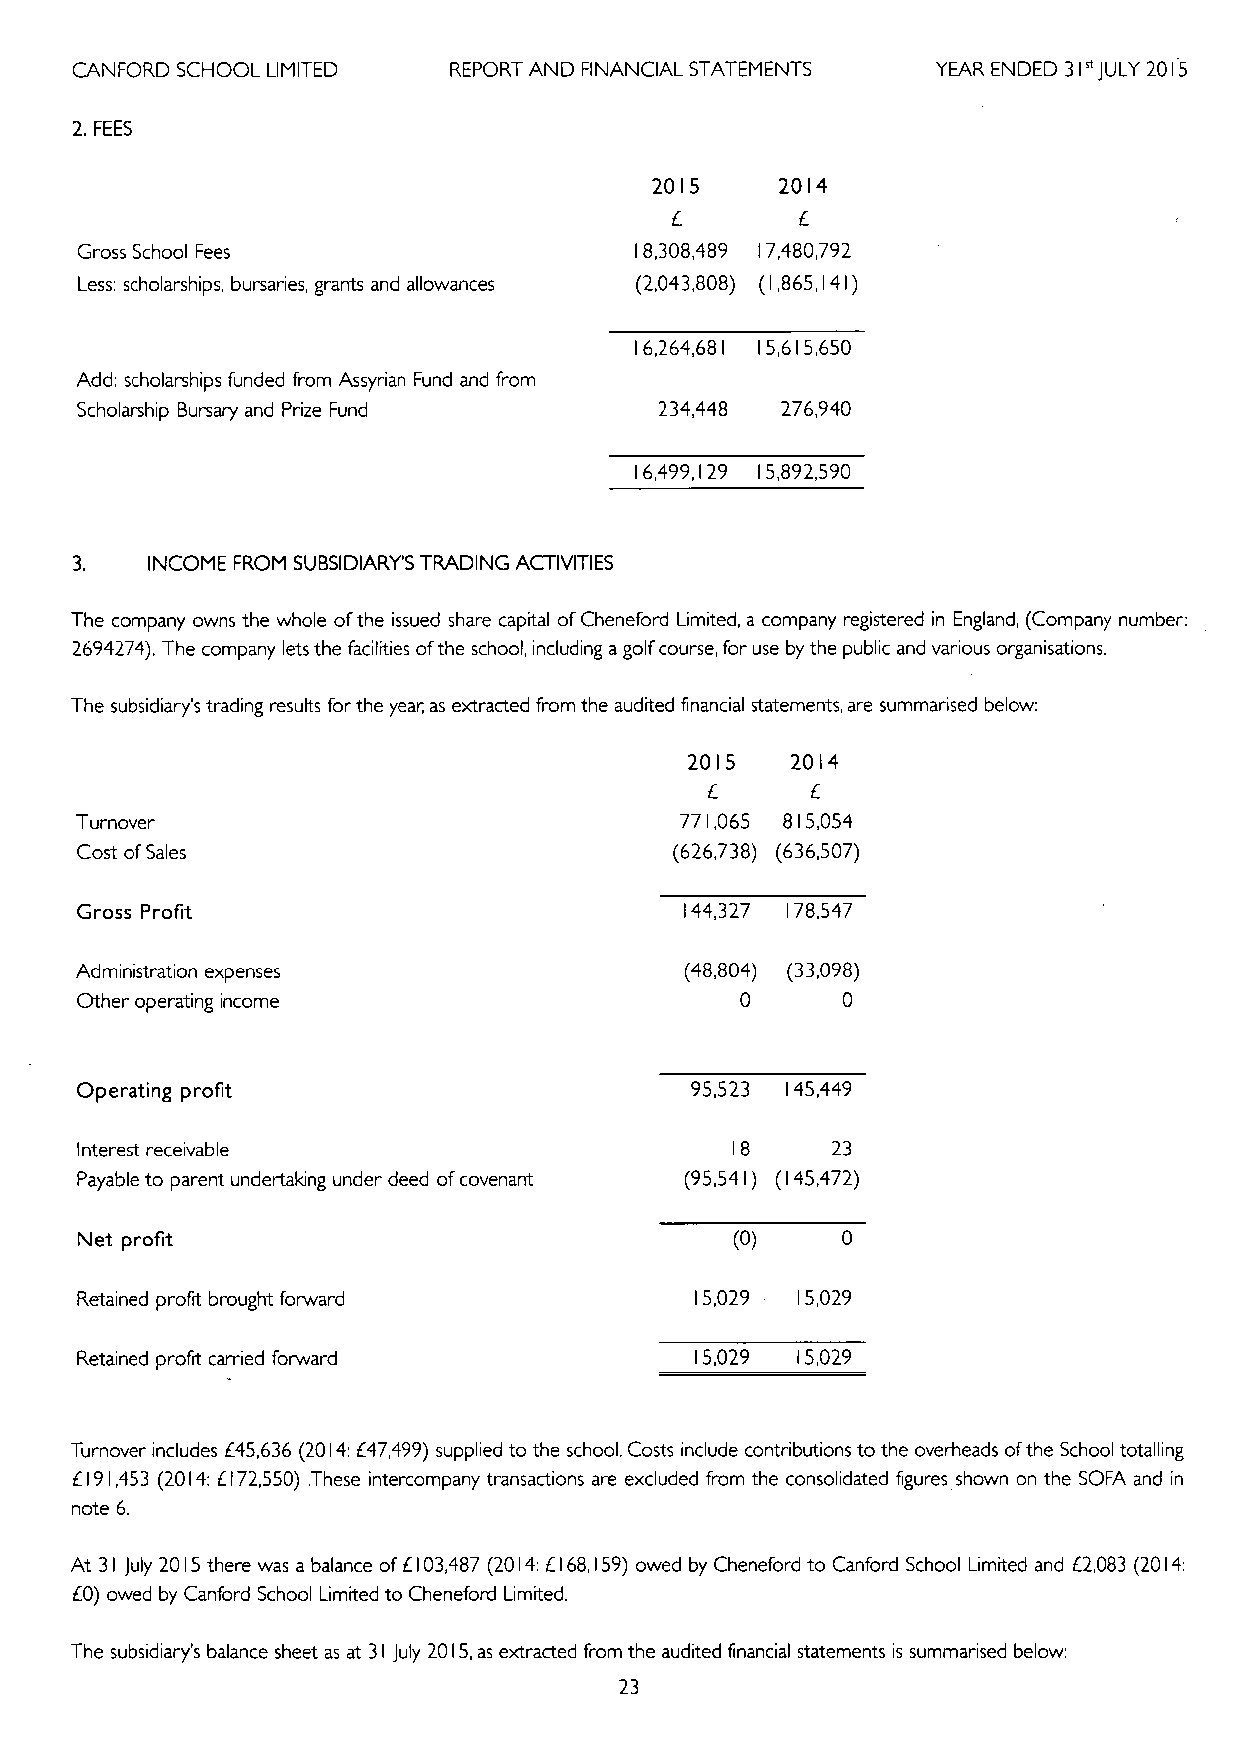
CANFORD SCHOOL LIMITED   REPORT AND FINANCIAL STATEMENTS YEAR ENDED 31" JULY 2015
 2.FEES
 2015     2014
 Gross School Fees                    18,308,489 17,480,792
 Less: scholarships, bursaries, grants and allowances (2,043,808) (1,865,141)
 16,264,681 15,615,650
 Add: scholarships funded from Assyrian Fund and from
 Scholarship Bursary and Prize Fund     234,448 276,940
 16,499,129 15,892,590
 3.   INCOME FROM SUBSIDIARIES TRADING ACTIVITIES
 The company owns the whole ofthe issued share capital ofCheneford Limited, a company registered in England, (Company number:
 2694274). The company lets the facilities ofthe school, including a golf course, for use by the public and various organisations.
 The subsidiary's trading results for the year, as extracted from the audited financial statements, are summarised below:
 2015  2014
 Turnover                                771,065 815,054
 Cost ofSales                            (626,738) (636,507)
 Gross Profit                            144,327 178,547
 Administration expenses                 (48,804) (33,098)
 Other operating income                      0      0
 Operating profit                         95,523 145,449
 Interest receivable                        18     23
 Payable to parent undertaking under deed ofcovenant (95,541) (145,472)
 Net profit                                  (0)
 Retained profit brought forward          15,029 15,029
 Retained profit carried forward          15,029 15,029
 Turnove'r includes 645,636 (2014:H7,499) supplied to the school. Costs include contributions to the overheads ofthe School totalling
 6191,453 (2014:6172,550) .These intercompany transactions are excluded from the consolidated figures shown on the SOFA and in
 note 6.
 At 31 July 2015there was a balance of6103,487 (2014:6168,159)owed by Cheneford to Canford School Limited and 62,083 (2014:
 60) owed by Canford School Limited to Cheneford Limited.
 The subsidiary's balance sheet as at 31 July 2015,as extracted from the audited financial statements is summarised below:
 23